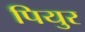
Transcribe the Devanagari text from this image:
पियुर